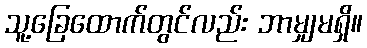
သူ့ခြေထောက်တွင်လည်း ဘာမျှမရှိ။